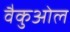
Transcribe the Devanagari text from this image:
वैकुओल